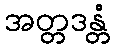
အတ္တဒန္တံ